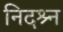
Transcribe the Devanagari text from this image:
निदश्र्न